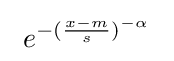
\ e^{-({\frac {x-m}{s}})^{-\alpha }}\